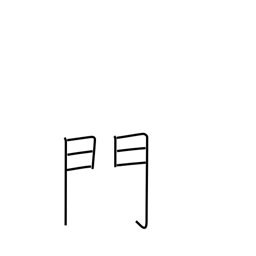
Meaning: gate